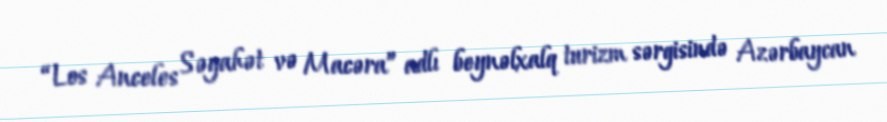
“Los Anceles Səyahət və Macəra” adlı beynəlxalq turizm sərgisində Azərbaycan